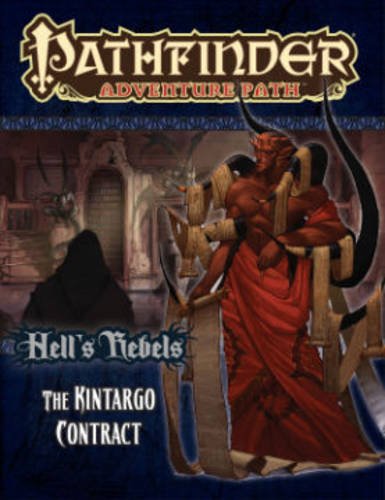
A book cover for Pathfinder Adventure Path: Hell's Rebels Part 5 - The Kintargo Contract; Jim Groves; Science Fiction & Fantasy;